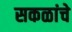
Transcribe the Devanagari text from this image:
सकळांचे